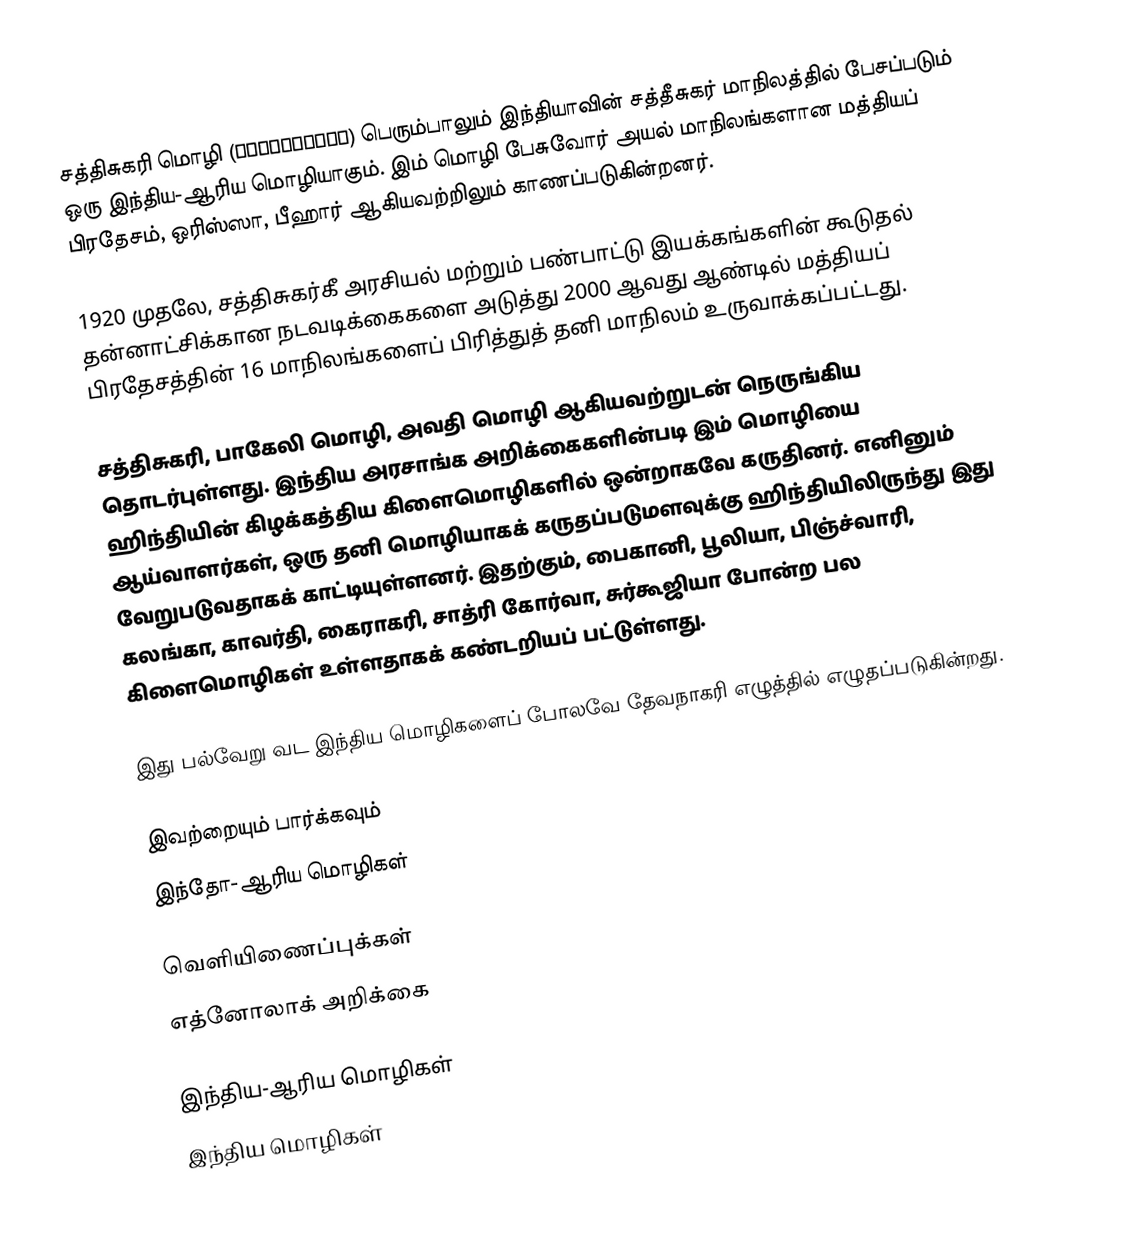
சத்திசுகரி மொழி (छत्तिसगढ़ी) பெரும்பாலும் இந்தியாவின் சத்தீசுகர் மாநிலத்தில் பேசப்படும் ஒரு இந்திய-ஆரிய மொழியாகும். இம் மொழி பேசுவோர் அயல் மாநிலங்களான மத்தியப் பிரதேசம், ஒரிஸ்ஸா, பீஹார் ஆகியவற்றிலும் காணப்படுகின்றனர்.

1920 முதலே, சத்திசுகர்கீ அரசியல் மற்றும் பண்பாட்டு இயக்கங்களின் கூடுதல் தன்னாட்சிக்கான நடவடிக்கைகளை அடுத்து 2000 ஆவது ஆண்டில் மத்தியப் பிரதேசத்தின் 16 மாநிலங்களைப் பிரித்துத் தனி மாநிலம் உருவாக்கப்பட்டது.

சத்திசுகரி, பாகேலி மொழி, அவதி மொழி ஆகியவற்றுடன் நெருங்கிய தொடர்புள்ளது. இந்திய அரசாங்க அறிக்கைகளின்படி இம் மொழியை ஹிந்தியின் கிழக்கத்திய கிளைமொழிகளில் ஒன்றாகவே கருதினர். எனினும் ஆய்வாளர்கள், ஒரு தனி மொழியாகக் கருதப்படுமளவுக்கு ஹிந்தியிலிருந்து இது வேறுபடுவதாகக் காட்டியுள்ளனர். இதற்கும், பைகானி, பூலியா, பிஞ்ச்வாரி, கலங்கா, காவர்தி, கைராகரி, சாத்ரி கோர்வா, சுர்கூஜியா போன்ற பல கிளைமொழிகள் உள்ளதாகக் கண்டறியப் பட்டுள்ளது.

இது பல்வேறு வட இந்திய மொழிகளைப் போலவே தேவநாகரி எழுத்தில் எழுதப்படுகின்றது.

இவற்றையும் பார்க்கவும்
 இந்தோ-ஆரிய மொழிகள்

வெளியிணைப்புக்கள்
 எத்னோலாக் அறிக்கை

இந்திய-ஆரிய மொழிகள்
இந்திய மொழிகள்